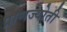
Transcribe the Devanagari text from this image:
प्राणज्योती